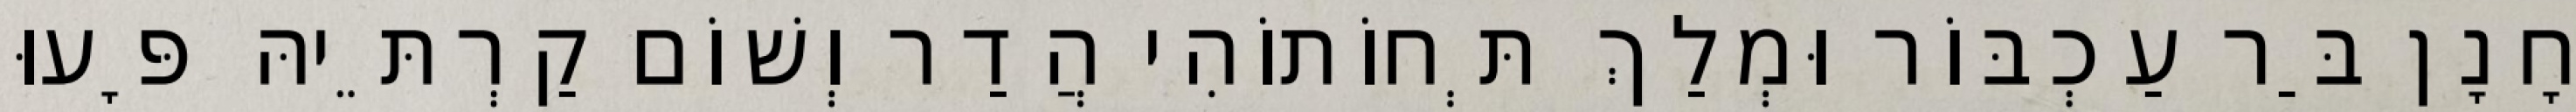
חָנָן בַּר עַכְבּוֹר וּמְלַךְ תְּחוֹתוֹהִי הֲדַר וְשׁוֹם קַרְתֵּיהּ פָּעוּ